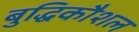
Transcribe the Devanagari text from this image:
बुद्धिकौशल